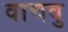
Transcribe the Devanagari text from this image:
वाचवु